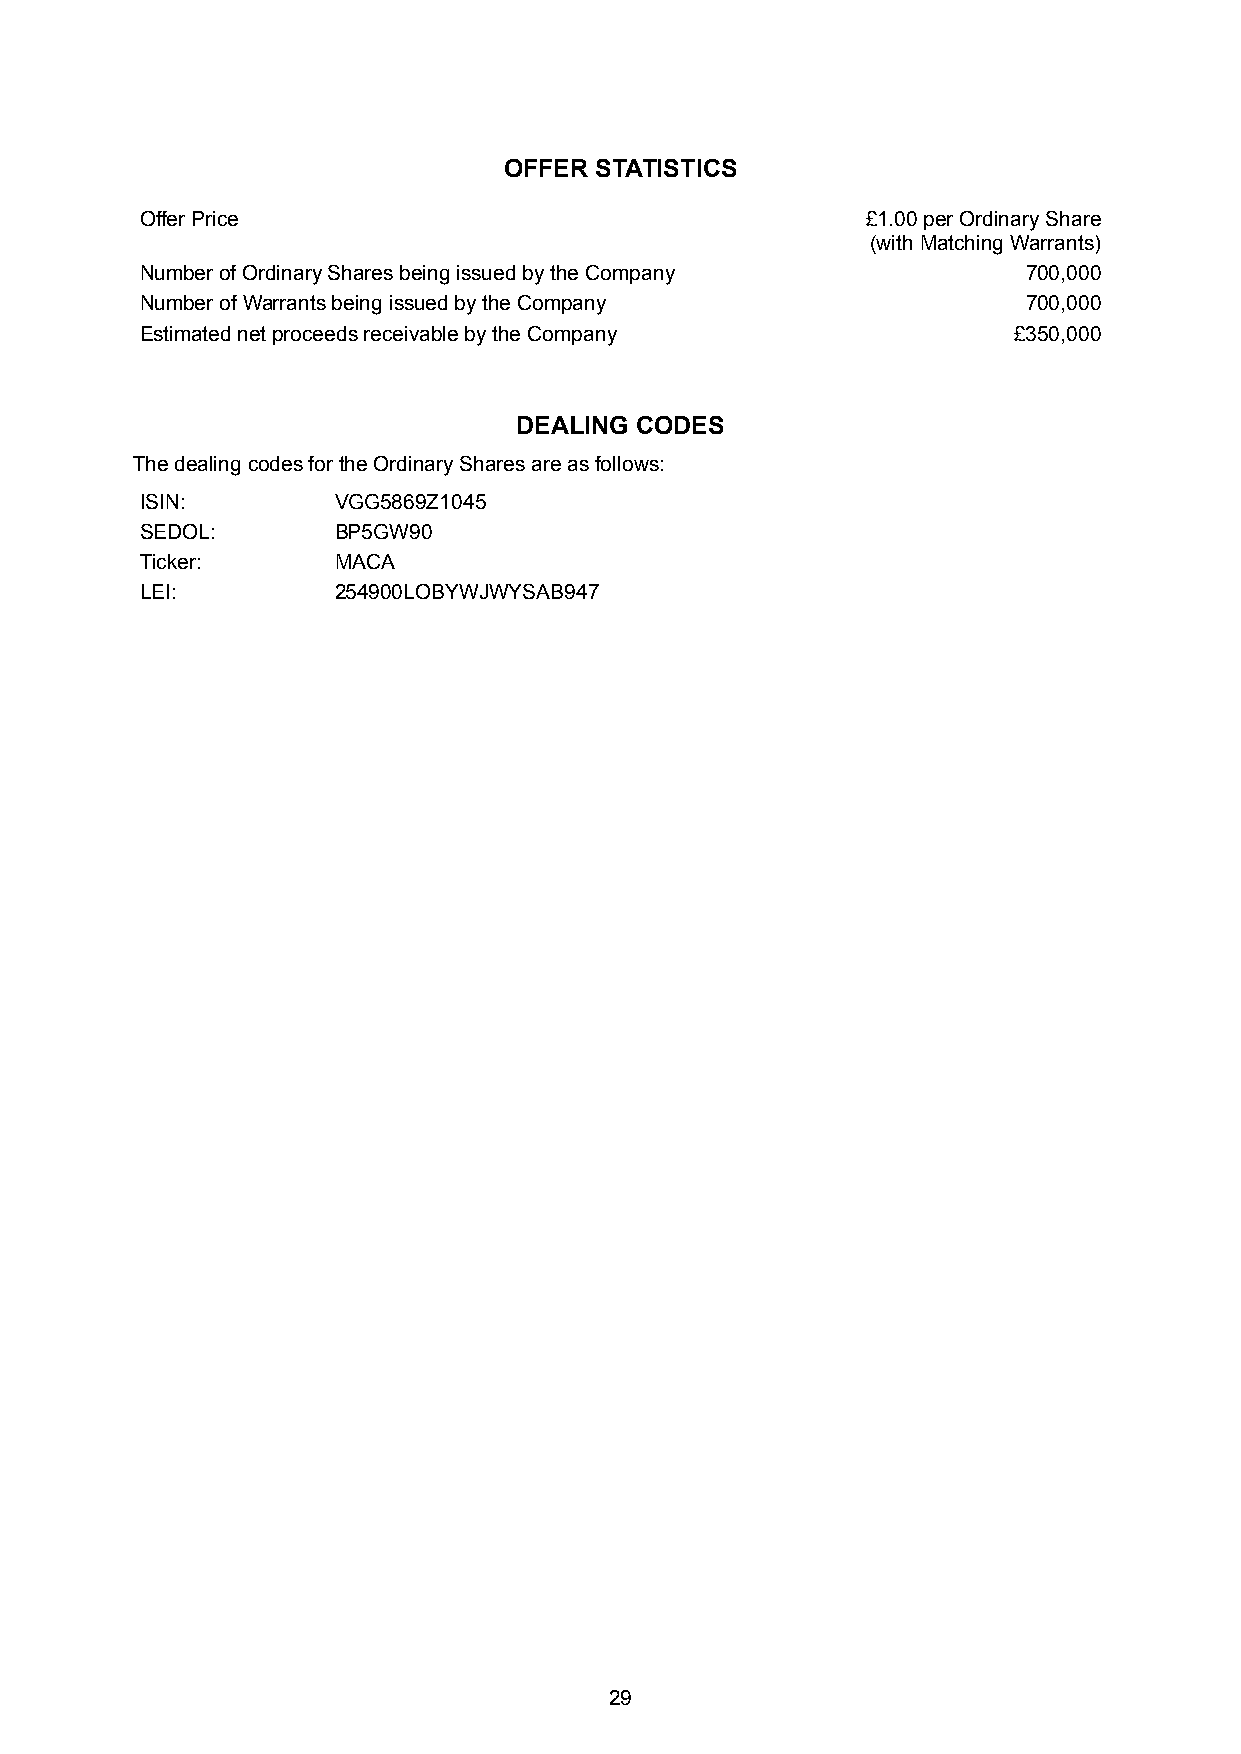
OFFER STATISTICS
 Offer Price                                     £1.00 per Ordinary Share
 (with Matching Warrants)
 Number of Ordinary Shares being issued by the Company      700,000
 Number of Warrants being issued by the Company             700,000
 Estimated net proceeds receivable by the Company          £350,000
 DEALING CODES
 The dealing codes for the Ordinary Shares are as follows:
 ISIN:        VGG5869Z1045
 SEDOL:       BP5GW90
 Ticker:      MACA
 LEI:         254900LOBYWJWYSAB947
 29